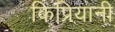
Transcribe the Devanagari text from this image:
किप्रियानी